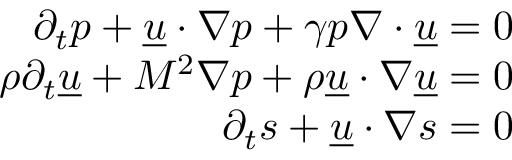
\begin{array} { r } { \partial _ { t } p + \underline { { u } } \ensuremath { \boldsymbol { \cdot } } \nabla p + \gamma p \nabla \ensuremath { \boldsymbol { \cdot } } \underline { { u } } = 0 } \\ { \rho \partial _ { t } \underline { { u } } + M ^ { \- 2 } \nabla p + \rho \underline { { u } } \ensuremath { \boldsymbol { \cdot } } \nabla \underline { { u } } = 0 } \\ { \partial _ { t } s + \underline { { u } } \ensuremath { \boldsymbol { \cdot } } \nabla s = 0 } \end{array}